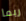
ربما